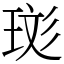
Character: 珳